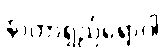
နာတာရှည်ရောဂါ